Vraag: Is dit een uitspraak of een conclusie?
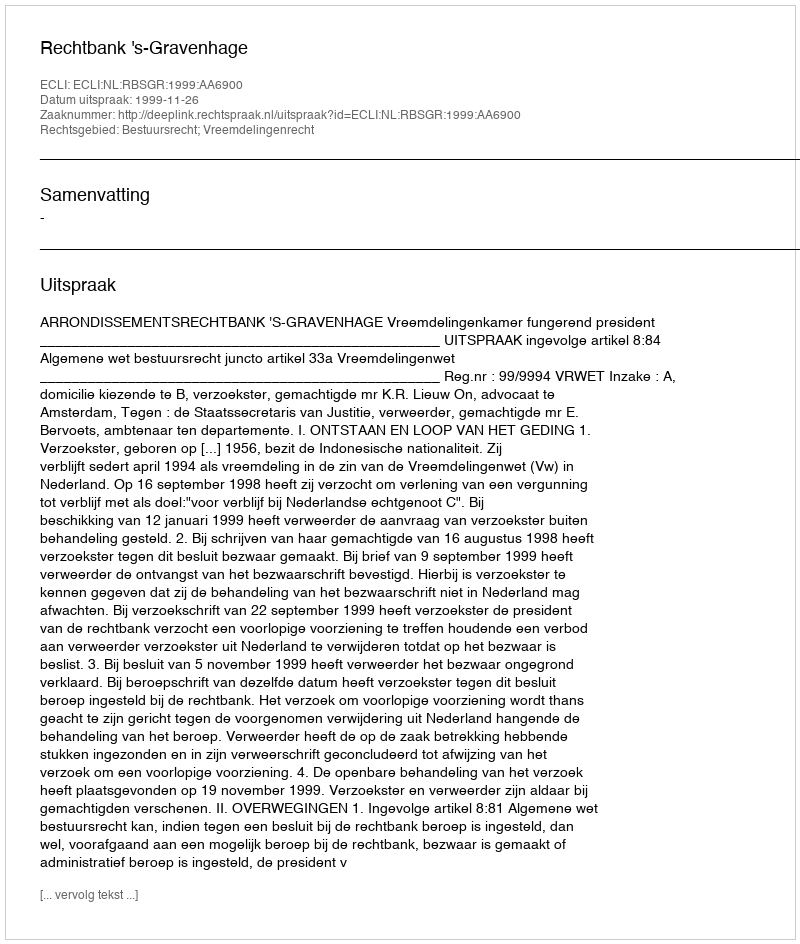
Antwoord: Uitspraak